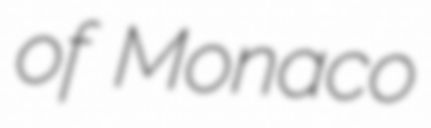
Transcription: of Monaco